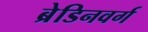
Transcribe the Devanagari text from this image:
ब्रेडिनवर्ग